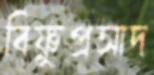
বিষ্ণুপ্রসাদ